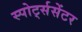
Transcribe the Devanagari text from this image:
स्पोर्ट्ससेंटर